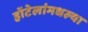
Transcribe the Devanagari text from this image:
हॉटेलांमधल्या